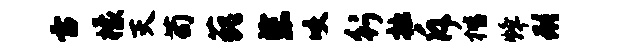
雷檬灭苟藐柴咬行拙斥楷烽形